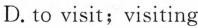
D. to visit;visiting